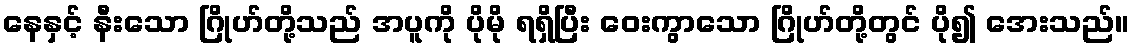
နေနှင့် နီးသော ဂြိုဟ်တို့သည် အပူကို ပိုမို ရရှိပြီး ဝေးကွာသော ဂြိုဟ်တို့တွင် ပို၍ အေးသည်။